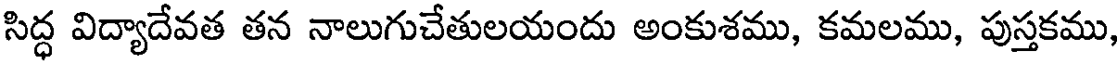
సిద్ధ విద్యాదేవత తన నాలుగుచేతులయందు అంకుశము, కమలము, పుస్తకము,